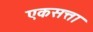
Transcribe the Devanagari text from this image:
एकसत्ता